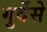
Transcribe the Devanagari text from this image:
गुर्देसे